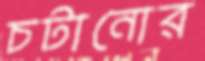
চটানোর